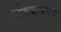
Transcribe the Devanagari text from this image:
पोळ्याजवळ